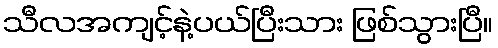
သီလအကျင့်နဲ့ပယ်ပြီးသား ဖြစ်သွားပြီ။